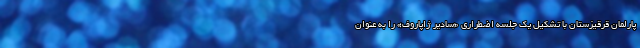
پارلمان قرقیزستان با تشکیل یک جلسه اضطراری «سادیر ژاپاروف» را به عنوان